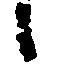
候